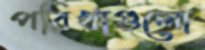
পরিখাগুলো